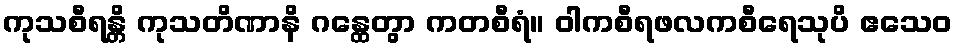
ကုသစီရန္တိ ကုသတိဏာနိ ဂန္ထေတွာ ကတစီရံ။ ဝါကစီရဖလကစီရေသုပိ ဧသေဝ